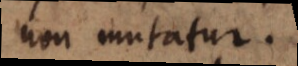
non mutatur.